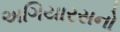
અગિયારસનો